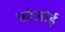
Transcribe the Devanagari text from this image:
फ़ोलोई